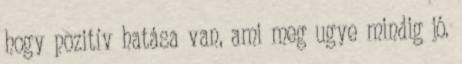
hogy pozitív hatása van, ami meg ugye mindig jó.